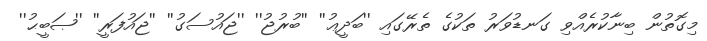
މިގޮތުން ބިނާކުރެއްވި ގަނޑުވަރު ތަކުގެ ތެރޭގައި ''ބަދީޢު'' ''ބުރުޖު'' ''ޖައުސަގު'' ''ޖައުފަރީ'' ''ޞަބީޙު''